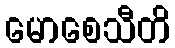
မောစေသီတိ